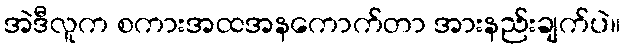
အဲဒီလူက စကားအထအနကောက်တာ အားနည်းချက်ပဲ။